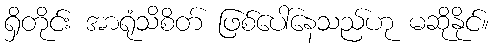
ရှိတိုင်း အာရုံသိစိတ် ဖြစ်ပေါ်နေသည်ဟု မဆိုနိုင်။